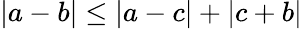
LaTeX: |a-b|\leq|a-c|+|c+b|